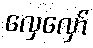
လှေလှော်